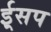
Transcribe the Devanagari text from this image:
ई्सप